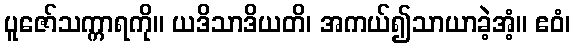
ပူဇော်သက္ကာရကို။ ယဒိသာဒိယတိ၊ အကယ်၍သာယာခဲ့အံ့။ ဧဝံ၊